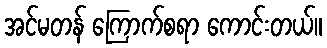
အင်မတန် ကြောက်စရာ ကောင်းတယ်။